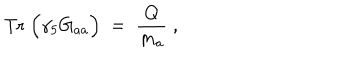
\mathrm { T r } \; \Big ( \gamma _ { 5 } G _ { a a } \Big ) \; = \; \frac { Q } { m _ { a } } \; ,